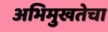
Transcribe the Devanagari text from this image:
अभिमुखतेचा